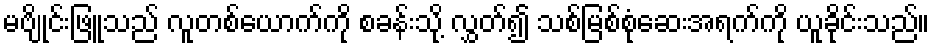
မဗျိုင်းဖြူသည် လူတစ်ယောက်ကို စခန်းသို့ လွှတ်၍ သစ်မြစ်စုံဆေးအရက်ကို ယူခိုင်းသည်။